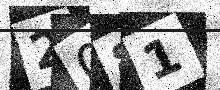
Text: 2081